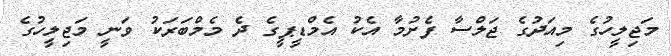
މަޖިލީހުގެ މިއަދުގެ ޖަލްސާ ފެށުމާ އެކު އެމްޑީޕީގެ ދެ މެމްބަރަކު ވަނީ މަޖިލީހުގެ